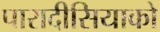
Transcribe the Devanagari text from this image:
पारादीसियाको